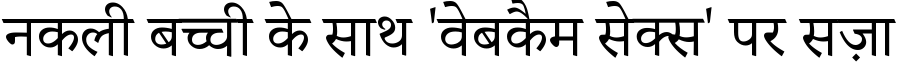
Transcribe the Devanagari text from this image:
नकली बच्ची के साथ 'वेबकैम सेक्स' पर सज़ा